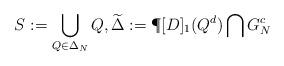
LaTeX: \begin{align*} S:=\bigcup\limits_{Q\in \Delta_N} Q, \widetilde\Delta:=\P[D]_1(Q^d)\bigcap G_N^c\end{align*}